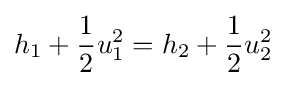
h_{1}+{\frac {1}{2}}u_{1}^{2}=h_{2}+{\frac {1}{2}}u_{2}^{2}